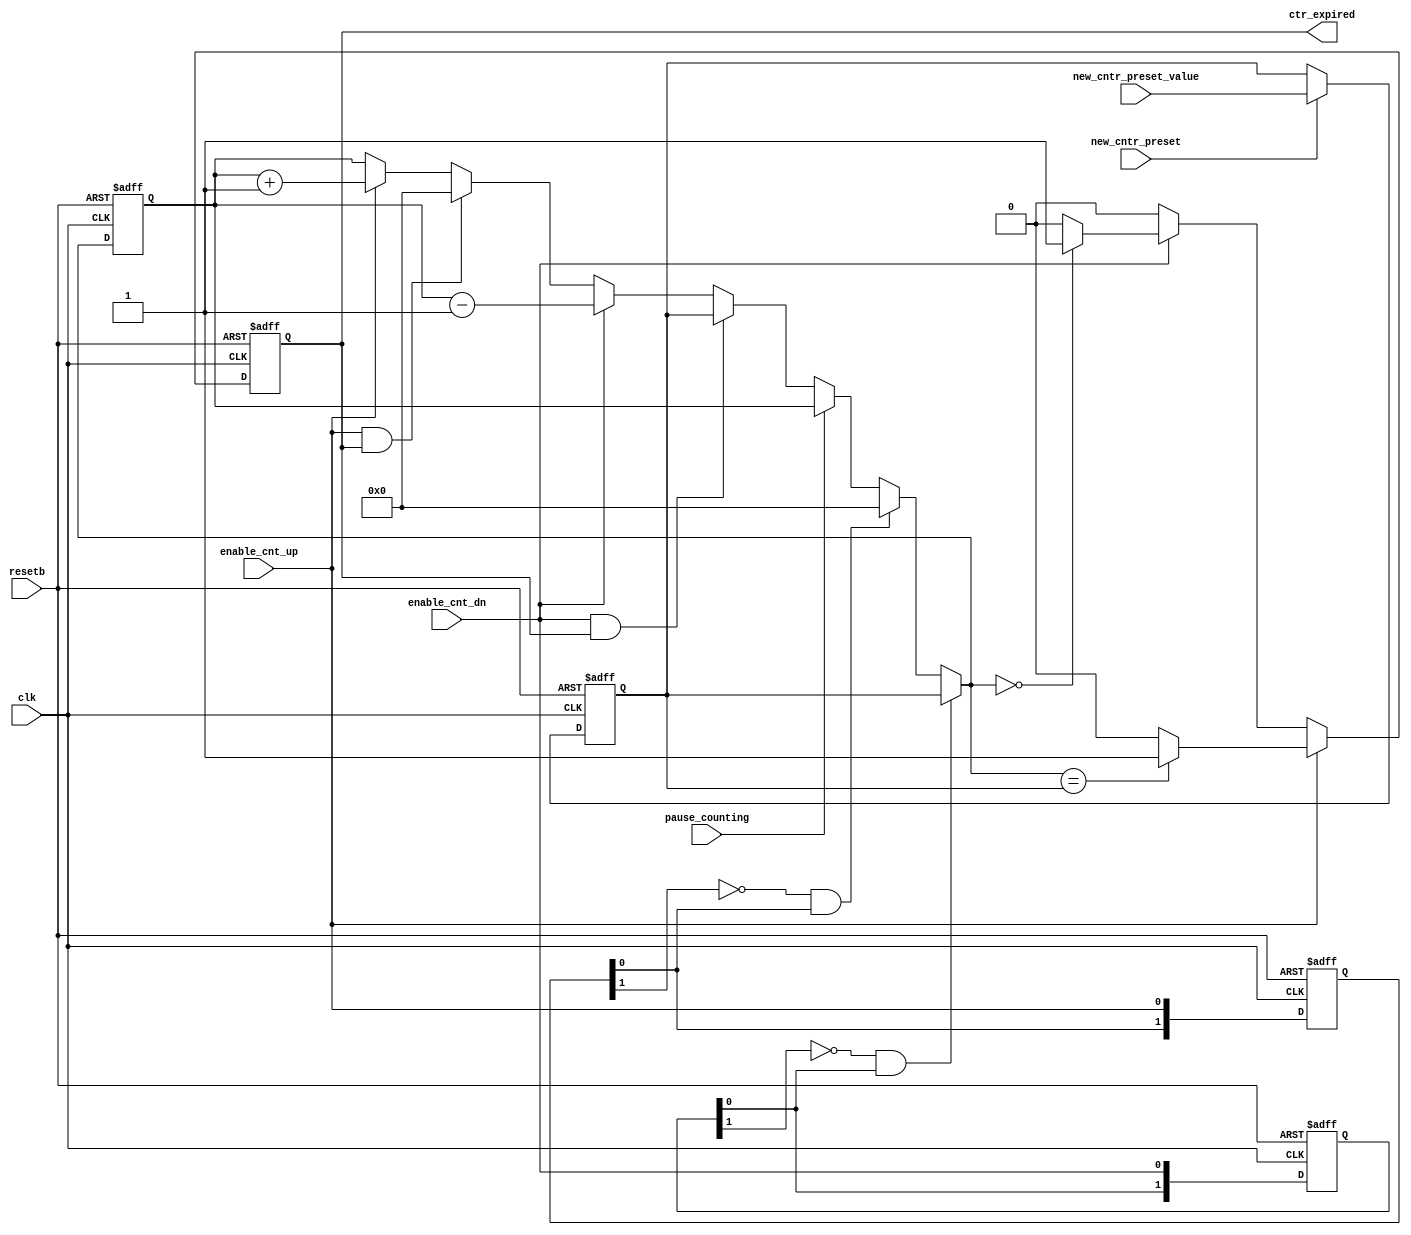
module verset_updown_counter2
		(clk,
		resetb,
		new_cntr_preset,
		new_cntr_preset_value,
		enable_cnt_up,
		enable_cnt_dn,
		pause_counting,
		ctr_expired);
//##############################################################################
input				clk;
input				resetb;
input				new_cntr_preset;
input	[7:0]		new_cntr_preset_value;
input				enable_cnt_dn;
input				enable_cnt_up;
input				pause_counting;
output				ctr_expired;
reg		[7:0]		count255, count255_nxt;
reg		[7:0]		cnt_preset_stored;
wire		[7:0]		cnt_preset_stored_nxt;
reg					ctr_expired;
wire				ctr_expired_nxt, cnt_up_expired, cnt_dn_expired;
reg		[1:0]		enable_cnt_dn_d1, enable_cnt_up_d1;
wire				enable_cnt_up_risedge, enable_cnt_dn_risedge;

//############################################################################
assign enable_cnt_dn_risedge = !enable_cnt_dn_d1[1] & enable_cnt_dn_d1[0];
assign enable_cnt_up_risedge = !enable_cnt_up_d1[1] & enable_cnt_up_d1[0];

assign cnt_preset_stored_nxt = (new_cntr_preset) ? new_cntr_preset_value: cnt_preset_stored;

assign cnt_up_expired  = (count255_nxt == cnt_preset_stored) ? 1'b1 : 1'b0;
assign cnt_dn_expired  = (count255_nxt == 'd0) ? 1'b1 : 1'b0;
assign ctr_expired_nxt = (enable_cnt_up) ? cnt_up_expired :
											((enable_cnt_dn)? cnt_dn_expired : 1'b0);

always @(*) begin
	count255_nxt = count255;

	if(enable_cnt_dn_risedge)
		count255_nxt	= cnt_preset_stored;
	else if(enable_cnt_up_risedge)
		count255_nxt	= 'd0;
	else if(pause_counting)
		count255_nxt	= count255;
	else if(enable_cnt_dn && ctr_expired)
		count255_nxt	= cnt_preset_stored;
	else if(enable_cnt_dn)
		count255_nxt	= count255 - 1'b1;
	else if(enable_cnt_up && ctr_expired)
		count255_nxt	= 'd0;
	else if(enable_cnt_up)
		count255_nxt	= count255 + 1'b1;
end

always @(posedge clk or negedge resetb) begin
	if(!resetb) begin
		count255 			<= 'd0;
		cnt_preset_stored 	<= 'd0;
		ctr_expired 		<= 1'b0;
		enable_cnt_up_d1 	<= 2'd0;
		enable_cnt_dn_d1	<= 2'd0;
	end
	else begin
		count255 			<= count255_nxt;
		cnt_preset_stored 	<= cnt_preset_stored_nxt;
		ctr_expired 		<= ctr_expired_nxt;
		enable_cnt_dn_d1 	<= {enable_cnt_dn_d1[0], enable_cnt_dn};
		enable_cnt_up_d1    <= {enable_cnt_up_d1[0], enable_cnt_up};
	end
end

endmodule